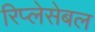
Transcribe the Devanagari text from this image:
रिप्लेसेबल